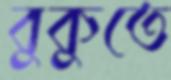
বুকুতে